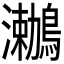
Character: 𪆟